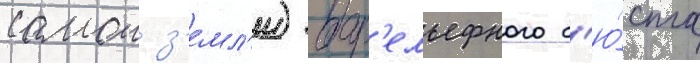
самои з'емл'и) бар'ельефного б'ю́ста